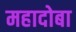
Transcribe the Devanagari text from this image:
महादोबा